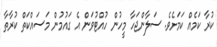
ކުރާ ކަމެއް ކަމަށެވެ. ސަލާންޖަހާ މީހުން ހުއްޓުވަން އެ ގައުމުން މަސައްކަތް ކުރާތާ